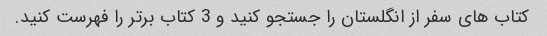
کتاب های سفر از انگلستان را جستجو کنید و 3 کتاب برتر را فهرست کنید.